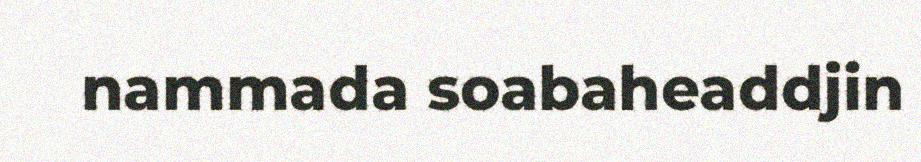
nammada soabaheaddjin